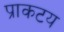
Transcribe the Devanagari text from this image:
प्राकटय